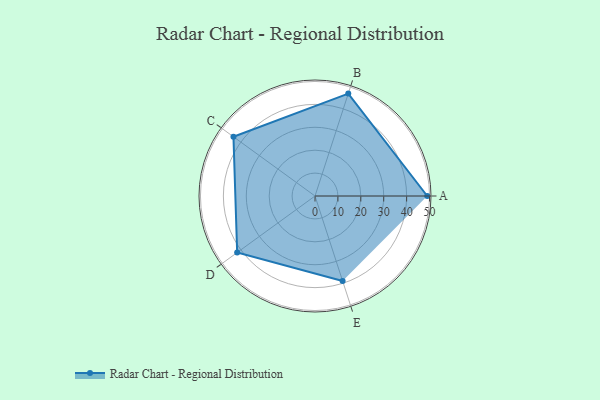
{"axis": {"x": "Skill", "y": "Score"}, "legend": ["Profile"], "data": [{"x": "A", "y": 49.0, "type": "Profile"}, {"x": "B", "y": 47.0, "type": "Profile"}, {"x": "C", "y": 44.0, "type": "Profile"}, {"x": "D", "y": 42.0, "type": "Profile"}, {"x": "E", "y": 39.0, "type": "Profile"}]}